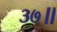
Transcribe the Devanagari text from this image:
३७॥